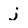
Character: j